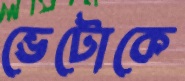
ভেটোকে